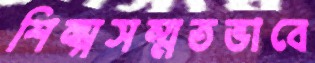
শিল্পসম্মতভাবে